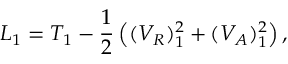
L _ { 1 } = T _ { 1 } - { \frac { 1 } { 2 } } \left( ( V _ { R } ) _ { 1 } ^ { 2 } + ( V _ { A } ) _ { 1 } ^ { 2 } \right) ,